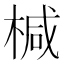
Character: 椷